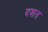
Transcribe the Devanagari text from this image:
दशत